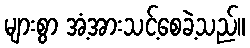
များစွာ အံ့အားသင့်စေခဲ့သည်။